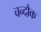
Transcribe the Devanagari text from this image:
चन्दौक